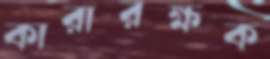
কারারক্ষক